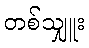
တစ်သျှူး